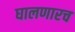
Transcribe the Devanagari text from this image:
घालणारच